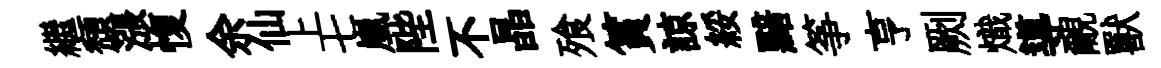
繼頹漲愎余仙上七嵐陛不晶飱篔諒綏黯筝亨劂熾導覼獸